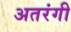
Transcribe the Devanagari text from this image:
अतरंगी